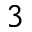
^ 3